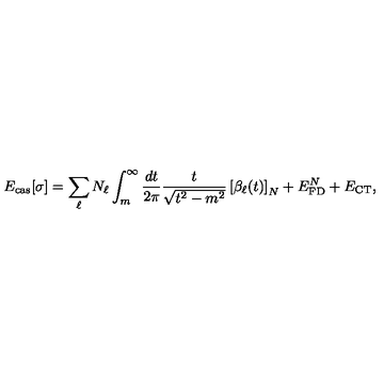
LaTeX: E _ { \mathrm { c a s } } [ \sigma ] = \sum _ { \ell } N _ { \ell } \int _ { m } ^ { \infty } \frac { d t } { 2 \pi } \frac { t } { \sqrt { t ^ { 2 } - m ^ { 2 } } } \left[ \beta _ { \ell } ( t ) \right] _ { N } + E _ { \mathrm { F D } } ^ { N } + E _ { \mathrm { C T } } ,